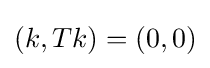
(k,Tk)=(0,0)